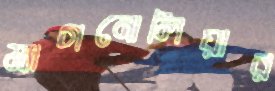
ম্যাগনোলিয়ার